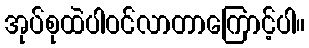
အုပ်စုထဲပါဝင်လာတာကြောင့်ပါ။